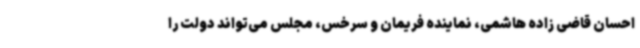
احسان قاضی زاده هاشمی، نماینده فریمان و سرخس، مجلس می‌تواند دولت را